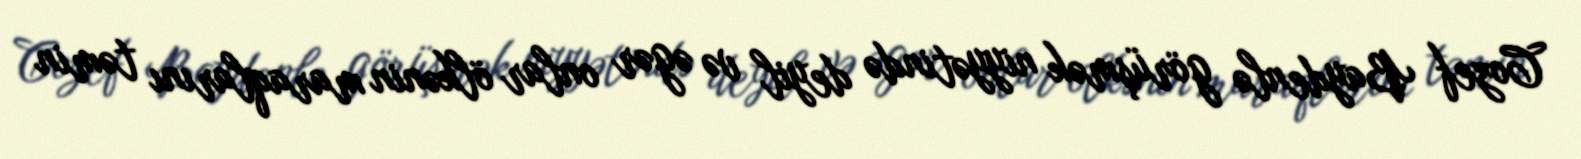
Cozef Baydenlə görüşmək niyyətində deyil və əgər onlar ölkənin maraqlarını təmin